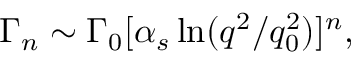
\Gamma _ { n } \sim \Gamma _ { 0 } [ \alpha _ { s } \ln ( q ^ { 2 } / q _ { 0 } ^ { 2 } ) ] ^ { n } ,